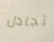
تجادل